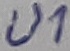
Text: U1